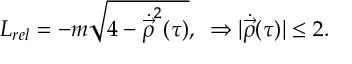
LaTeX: L _ { r e l } = - m \sqrt { 4 - \dot { \vec { \rho } } ^ { 2 } ( \tau ) } , \, \, \, \Rightarrow | { \dot { \vec { \rho } } } ( \tau ) | \leq 2 .